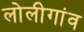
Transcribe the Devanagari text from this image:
लोलीगांव